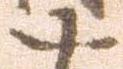
十